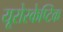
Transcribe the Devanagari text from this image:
यूरोस्केप्टिक